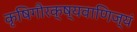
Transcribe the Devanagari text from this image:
कृषिगौरक्ष्यवाणिज्यं